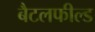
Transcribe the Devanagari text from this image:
बैटलफील्ड